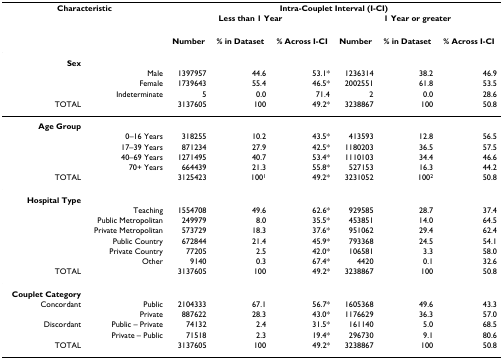
<table><thead><tr><td colspan="2"><b>Characteristic</b></td><td colspan="6"><b>Intra-Couplet Interval (I-CI)</b></td></tr><tr><td></td><td></td><td colspan="3"><b>Less than 1 Year</b></td><td colspan="3"><b>1 Year or greater</b></td></tr><tr><td></td><td></td><td><b>Number</b></td><td><b>% in Dataset</b></td><td><b>% Across I-CI</b></td><td><b>Number</b></td><td><b>% in Dataset</b></td><td><b>% Across I-CI</b></td></tr></thead><tbody><tr><td><b>Sex</b></td><td></td><td></td><td></td><td></td><td></td><td></td><td></td></tr><tr><td></td><td>Male</td><td>1397957</td><td>44.6</td><td>53.1*</td><td>1236314</td><td>38.2</td><td>46.9</td></tr><tr><td></td><td>Female</td><td>1739643</td><td>55.4</td><td>46.5*</td><td>2002551</td><td>61.8</td><td>53.5</td></tr><tr><td></td><td>Indeterminate</td><td>5</td><td>0.0</td><td>71.4</td><td>2</td><td>0.0</td><td>28.6</td></tr><tr><td>TOTAL</td><td></td><td>3137605</td><td>100</td><td>49.2*</td><td>3238867</td><td>100</td><td>50.8</td></tr><tr><td><b>Age Group</b></td><td></td><td></td><td></td><td></td><td></td><td></td><td></td></tr><tr><td></td><td>0–16 Years</td><td>318255</td><td>10.2</td><td>43.5*</td><td>413593</td><td>12.8</td><td>56.5</td></tr><tr><td></td><td>17–39 Years</td><td>871234</td><td>27.9</td><td>42.5*</td><td>1180203</td><td>36.5</td><td>57.5</td></tr><tr><td></td><td>40–69 Years</td><td>1271495</td><td>40.7</td><td>53.4*</td><td>1110103</td><td>34.4</td><td>46.6</td></tr><tr><td></td><td>70+ Years</td><td>664439</td><td>21.3</td><td>55.8*</td><td>527153</td><td>16.3</td><td>44.2</td></tr><tr><td>TOTAL</td><td></td><td>3125423</td><td>100<sup>1</sup></td><td>49.2*</td><td>3231052</td><td>100<sup>2</sup></td><td>50.8</td></tr><tr><td><b>Hospital Type</b></td><td></td><td></td><td></td><td></td><td></td><td></td><td></td></tr><tr><td></td><td>Teaching</td><td>1554708</td><td>49.6</td><td>62.6*</td><td>929585</td><td>28.7</td><td>37.4</td></tr><tr><td></td><td>Public Metropolitan</td><td>249979</td><td>8.0</td><td>35.5*</td><td>453851</td><td>14.0</td><td>64.5</td></tr><tr><td></td><td>Private Metropolitan</td><td>573729</td><td>18.3</td><td>37.6*</td><td>951062</td><td>29.4</td><td>62.4</td></tr><tr><td></td><td>Public Country</td><td>672844</td><td>21.4</td><td>45.9*</td><td>793368</td><td>24.5</td><td>54.1</td></tr><tr><td></td><td>Private Country</td><td>77205</td><td>2.5</td><td>42.0*</td><td>106581</td><td>3.3</td><td>58.0</td></tr><tr><td></td><td>Other</td><td>9140</td><td>0.3</td><td>67.4*</td><td>4420</td><td>0.1</td><td>32.6</td></tr><tr><td>TOTAL</td><td></td><td>3137605</td><td>100</td><td>49.2*</td><td>3238867</td><td>100</td><td>50.8</td></tr><tr><td><b>Couplet Category</b></td><td></td><td></td><td></td><td></td><td></td><td></td><td></td></tr><tr><td>Concordant</td><td>Public</td><td>2104333</td><td>67.1</td><td>56.7*</td><td>1605368</td><td>49.6</td><td>43.3</td></tr><tr><td></td><td>Private</td><td>887622</td><td>28.3</td><td>43.0*</td><td>1176629</td><td>36.3</td><td>57.0</td></tr><tr><td>Discordant</td><td>Public – Private</td><td>74132</td><td>2.4</td><td>31.5*</td><td>161140</td><td>5.0</td><td>68.5</td></tr><tr><td></td><td>Private – Public</td><td>71518</td><td>2.3</td><td>19.4*</td><td>296730</td><td>9.1</td><td>80.6</td></tr><tr><td>TOTAL</td><td></td><td>3137605</td><td>100</td><td>49.2*</td><td>3238867</td><td>100</td><td>50.8</td></tr></tbody></table>